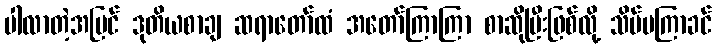
ပါလာတဲ့အပြင် ဒုတိယစာချ ဆရာတော်ထံ အတော်ကြာကြာ စာဆိုပြီးဖြစ်လို့ သိပ်မကြာခင်